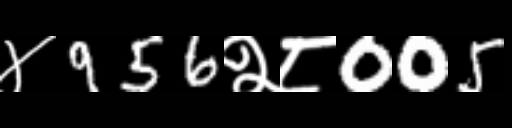
Text: ४956२८005